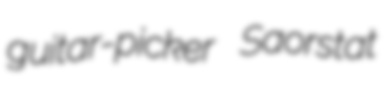
guitar-picker Saorstat